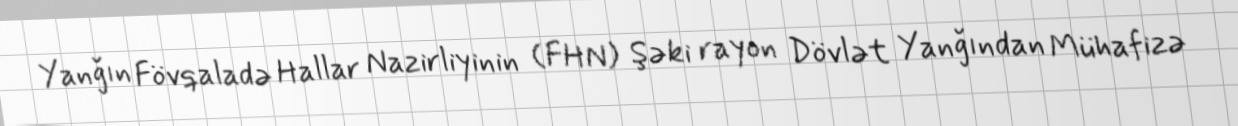
Yanğın Fövqaladə Hallar Nazirliyinin (FHN) Şəki rayon Dövlət Yanğından Mühafizə